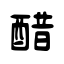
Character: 醋